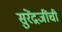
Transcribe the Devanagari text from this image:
सुरेंद्रजींची